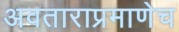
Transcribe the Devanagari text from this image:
अवताराप्रमाणेच